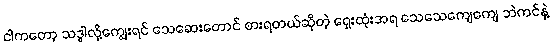
ငါကတော့ သဒ္ဓါလို့ကျွေးရင် သေဆေးတောင် စားရတယ်ဆိုတဲ့ ရှေးထုံးအရ သေသေကျေကျေ ဘဲကင်နဲ့